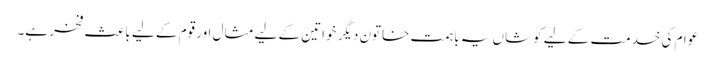
عوام کی خدمت کے لیے کوشاں یہ باہمت خاتون دیگر خواتین کے لیے مثال اور قوم کے لیے باعث فخر ہے۔